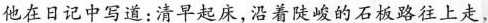
他在日记中写道：清早起床，沿着陡峻的石板路往上走，